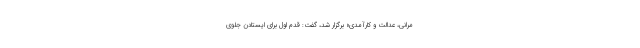
مرانی، عدالت و کارآمدی» برگزار شد، گفت: قدم اول برای ایستادن جلوی